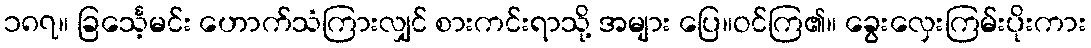
၁၈၇။ ခြင်္သေ့မင်း ဟောက်သံကြားလျှင် စားကင်းရာသို့ အများ ပြေ။ဝင်ကြ၏။ ခွေးလှေးကြမ်းပိုးကား